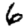
Digit: 6